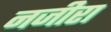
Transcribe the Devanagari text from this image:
नजीरा